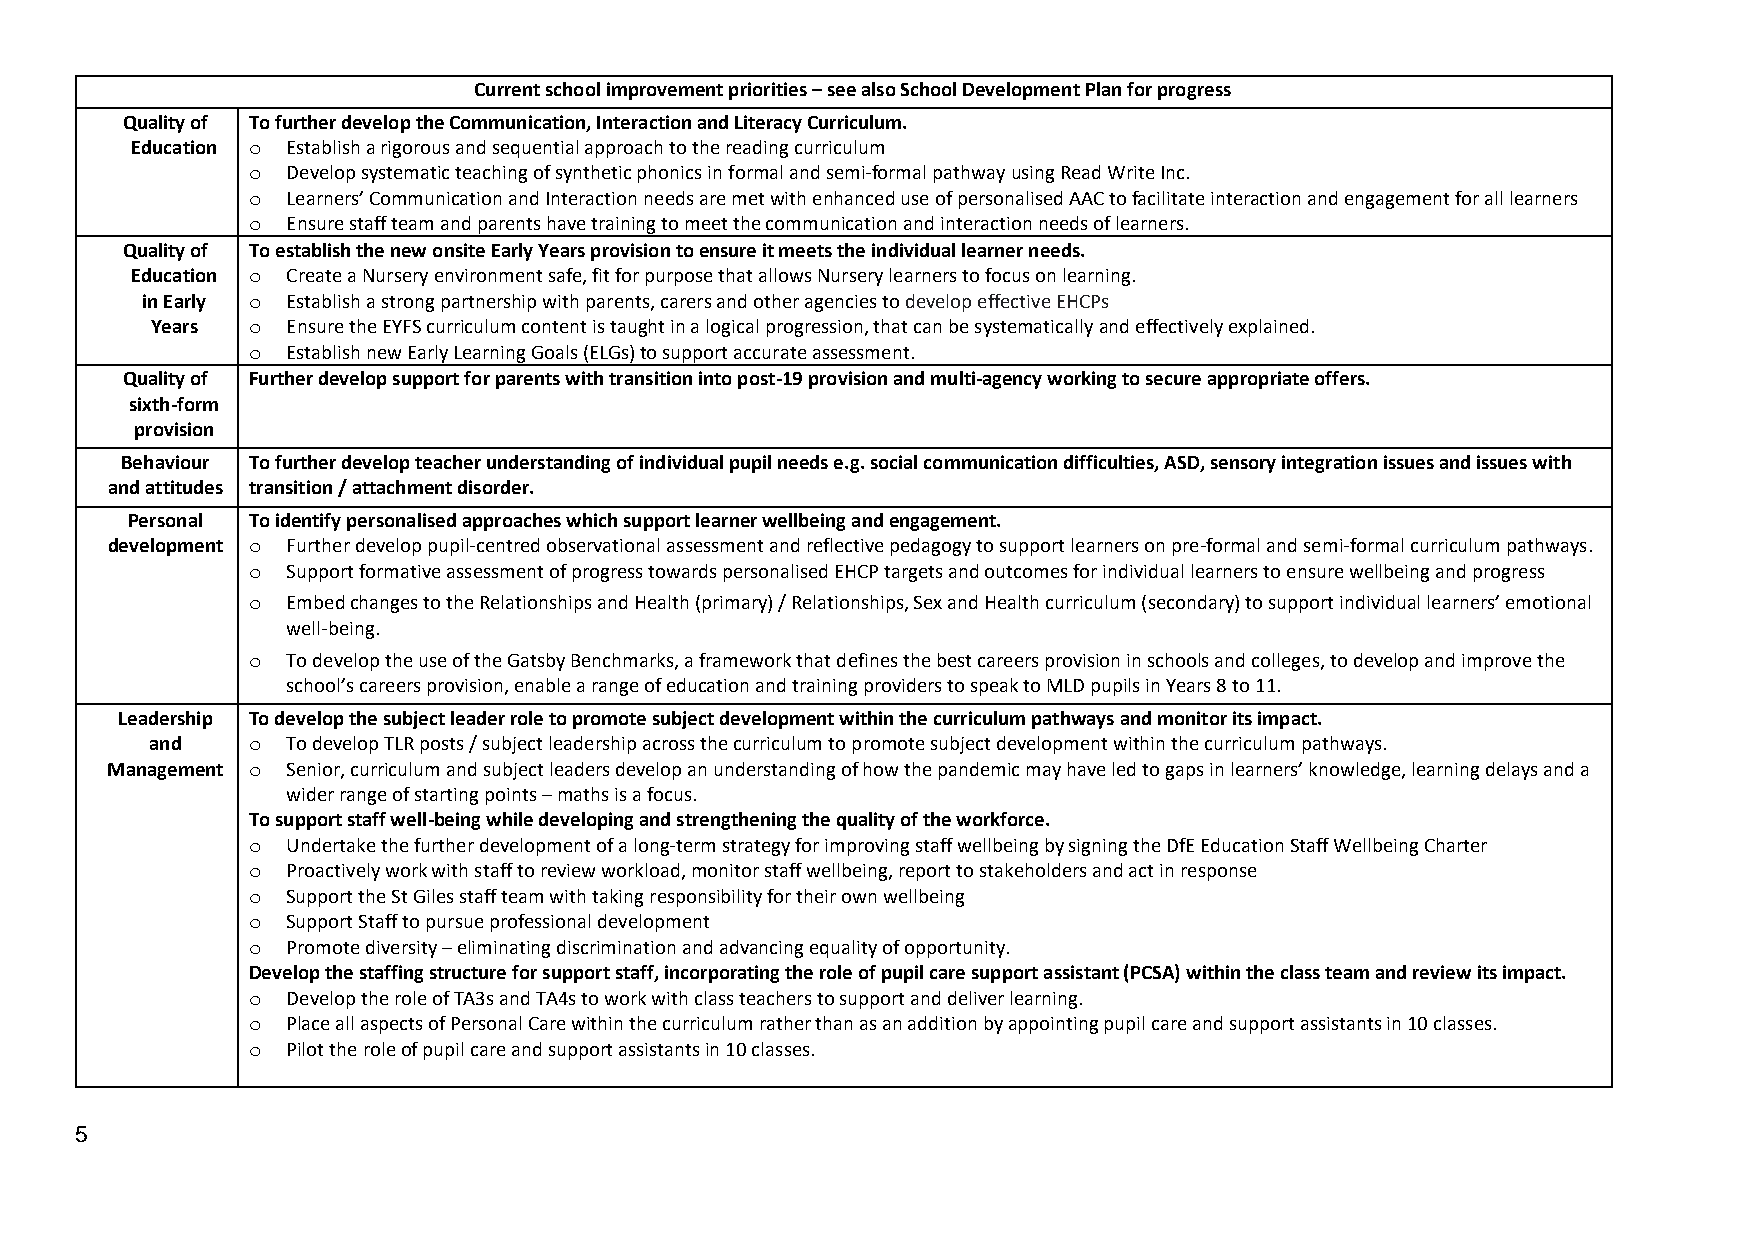
Current school improvement priorities – see also School Development Plan for progress
 Quality of To further develop the Communication, Interaction and Literacy Curriculum.
 Education o Establish a rigorous and sequential approach to the reading curriculum
 o  Develop systematic teaching of synthetic phonics in formal and semi-formal pathway using Read Write Inc.
 o  Learners’ Communication and Interaction needs are met with enhanced use of personalised AAC to facilitate interaction and engagement for all learners
 o  Ensure staff team and parents have training to meet the communication and interaction needs of learners.
 Quality of To establish the new onsite Early Years provision to ensure it meets the individual learner needs.
 Education o Create a Nursery environment safe, fit for purpose that allows Nursery learners to focus on learning.
 in Early o Establish a strong partnership with parents, carers and other agencies to develop effective EHCPs
 Years o  Ensure the EYFS curriculum content is taught in a logical progression, that can be systematically and effectively explained.
 o  Establish new Early Learning Goals (ELGs) to support accurate assessment.
 Quality of Further develop support for parents with transition into post-19 provision and multi-agency working to secure appropriate offers.
 sixth-form
 provision
 Behaviour To further develop teacher understanding of individual pupil needs e.g. social communication difficulties, ASD, sensory integration issues and issues with
 and attitudes transition / attachment disorder.
 Personal To identify personalised approaches which support learner wellbeing and engagement.
 development o Further develop pupil-centred observational assessment and reflective pedagogy to support learners on pre-formal and semi-formal curriculum pathways.
 o  Support formative assessment of progress towards personalised EHCP targets and outcomes for individual learners to ensure wellbeing and progress
 o  Embed changes to the Relationships and Health (primary) / Relationships, Sex and Health curriculum (secondary) to support individual learners’ emotional
 well-being.
 o  To develop the use of the Gatsby Benchmarks, a framework that defines the best careers provision in schools and colleges, to develop and improve the
 school’s careers provision, enable a range of education and training providers to speak to MLD pupils in Years 8 to 11.
 Leadership To develop the subject leader role to promote subject development within the curriculum pathways and monitor its impact.
 and   o  To develop TLR posts / subject leadership across the curriculum to promote subject development within the curriculum pathways.
 Management o Senior, curriculum and subject leaders develop an understanding of how the pandemic may have led to gaps in learners’ knowledge, learning delays and a
 wider range of starting points – maths is a focus.
 To support staff well-being while developing and strengthening the quality of the workforce.
 o  Undertake the further development of a long-term strategy for improving staff wellbeing by signing the DfE Education Staff Wellbeing Charter
 o  Proactively work with staff to review workload, monitor staff wellbeing, report to stakeholders and act in response
 o  Support the St Giles staff team with taking responsibility for their own wellbeing
 o  Support Staff to pursue professional development
 o  Promote diversity – eliminating discrimination and advancing equality of opportunity.
 Develop the staffing structure for support staff, incorporating the role of pupil care support assistant (PCSA) within the class team and review its impact.
 o  Develop the role of TA3s and TA4s to work with class teachers to support and deliver learning.
 o  Place all aspects of Personal Care within the curriculum rather than as an addition by appointing pupil care and support assistants in 10 classes.
 o  Pilot the role of pupil care and support assistants in 10 classes.
 5